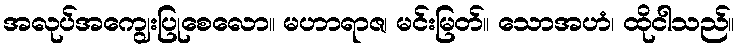
အလုပ်အကျွေးပြုစေလော။ မဟာရာဇ၊ မင်းမြတ်။ သောအဟံ၊ ထိုငါသည်။